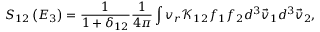
S _ { 1 2 } \left( E _ { 3 } \right) = \frac { 1 } { 1 + \delta _ { 1 2 } } \frac { 1 } { 4 \pi } \int v _ { r } \mathcal { K } _ { 1 2 } f _ { 1 } f _ { 2 } d ^ { 3 } \vec { v } _ { 1 } d ^ { 3 } \vec { v } _ { 2 } ,